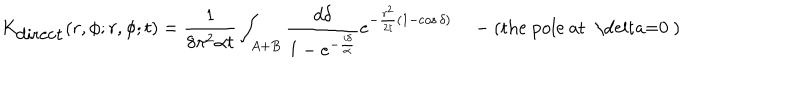
K _ { \mathrm { d i r e c t } } ( r , \phi ; r , \phi ; t ) = { \frac { 1 } { 8 \pi ^ { 2 } \alpha t } } \int _ { A + B } { \frac { d \delta } { 1 - e ^ { - { \frac { i \delta } { \alpha } } } } } e ^ { - { \frac { r ^ { 2 } } { 2 t } } ( 1 - \cos \delta ) } \quad - ( \mathrm { t h e ~ p o l e ~ a t ~ \ d e l t a = 0 ~ } )